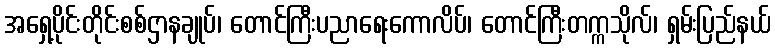
အရှေ့ပိုင်းတိုင်းစစ်ဌာနချုပ်၊ တောင်ကြီးပညာရေးကောလိပ်၊ တောင်ကြီးတက္ကသိုလ်၊ ရှမ်းပြည်နယ်